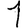
Digit: 1